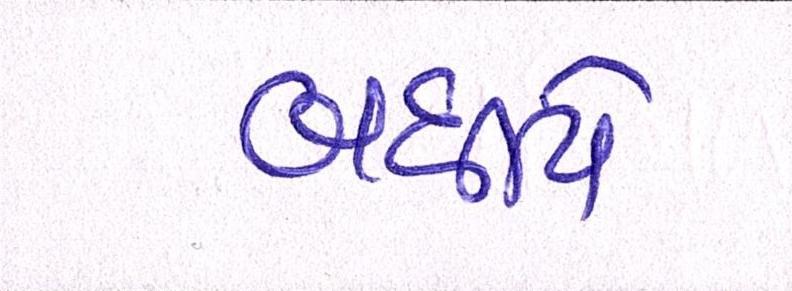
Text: બધીયે